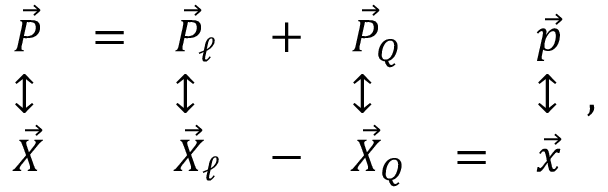
\begin{array} { l l l l l l l } { { \vec { P } } } & { { = } } & { { \vec { P } _ { \ell } } } & { { + } } & { { \vec { P } _ { Q } } } & { { } } & { { \vec { p } } } \\ { { \updownarrow } } & { { } } & { { \updownarrow } } & { { } } & { { \updownarrow } } & { { } } & { { \updownarrow } } \\ { { \vec { X } } } & { { } } & { { \vec { X } _ { \ell } } } & { { - } } & { { \vec { X } _ { Q } } } & { { = } } & { { \vec { x } } } \end{array} ,